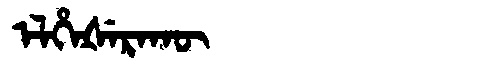
Manchu: ᡝᠯᡥᡝᡧᡝᡵᠠᡴᡡ
Romanization: ELHEŠERAKŪ